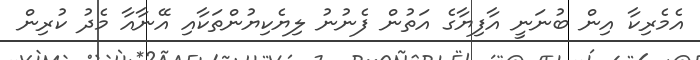
އެމެރިކާ އިން ބުނަނީ އާފިޔާގެ އަތުން ފެނުނު ލިޔެކިޔުންތަކާއި އޭނާއާ މެދު ކުރިން